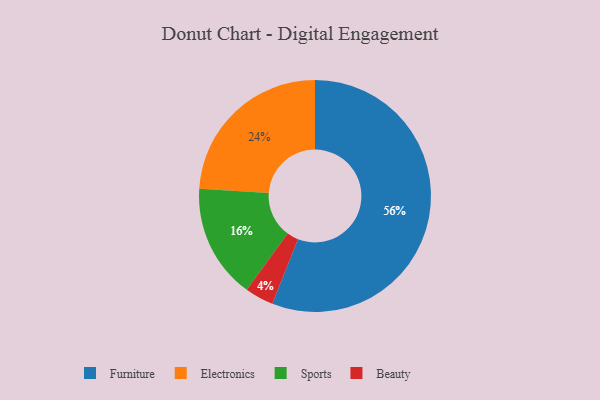
{"axis": {"x": "Category", "y": "Percentage"}, "legend": ["Beauty", "Electronics", "Furniture", "Sports"], "data": [{"x": "Sports", "y": 16, "type": "Sports"}, {"x": "Furniture", "y": 56, "type": "Furniture"}, {"x": "Beauty", "y": 4, "type": "Beauty"}, {"x": "Electronics", "y": 24, "type": "Electronics"}]}